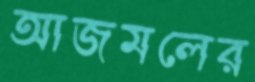
আজমলের